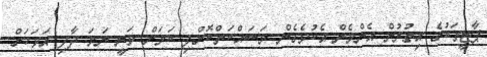
ޕާޓީތަކުގެ އިތުރުން އެންމެން އެކުވެގެން މަސައްކަތްކޮށްފި ކަމަށް ވަނީ ނަމަ ދާދި އަވަހަށް